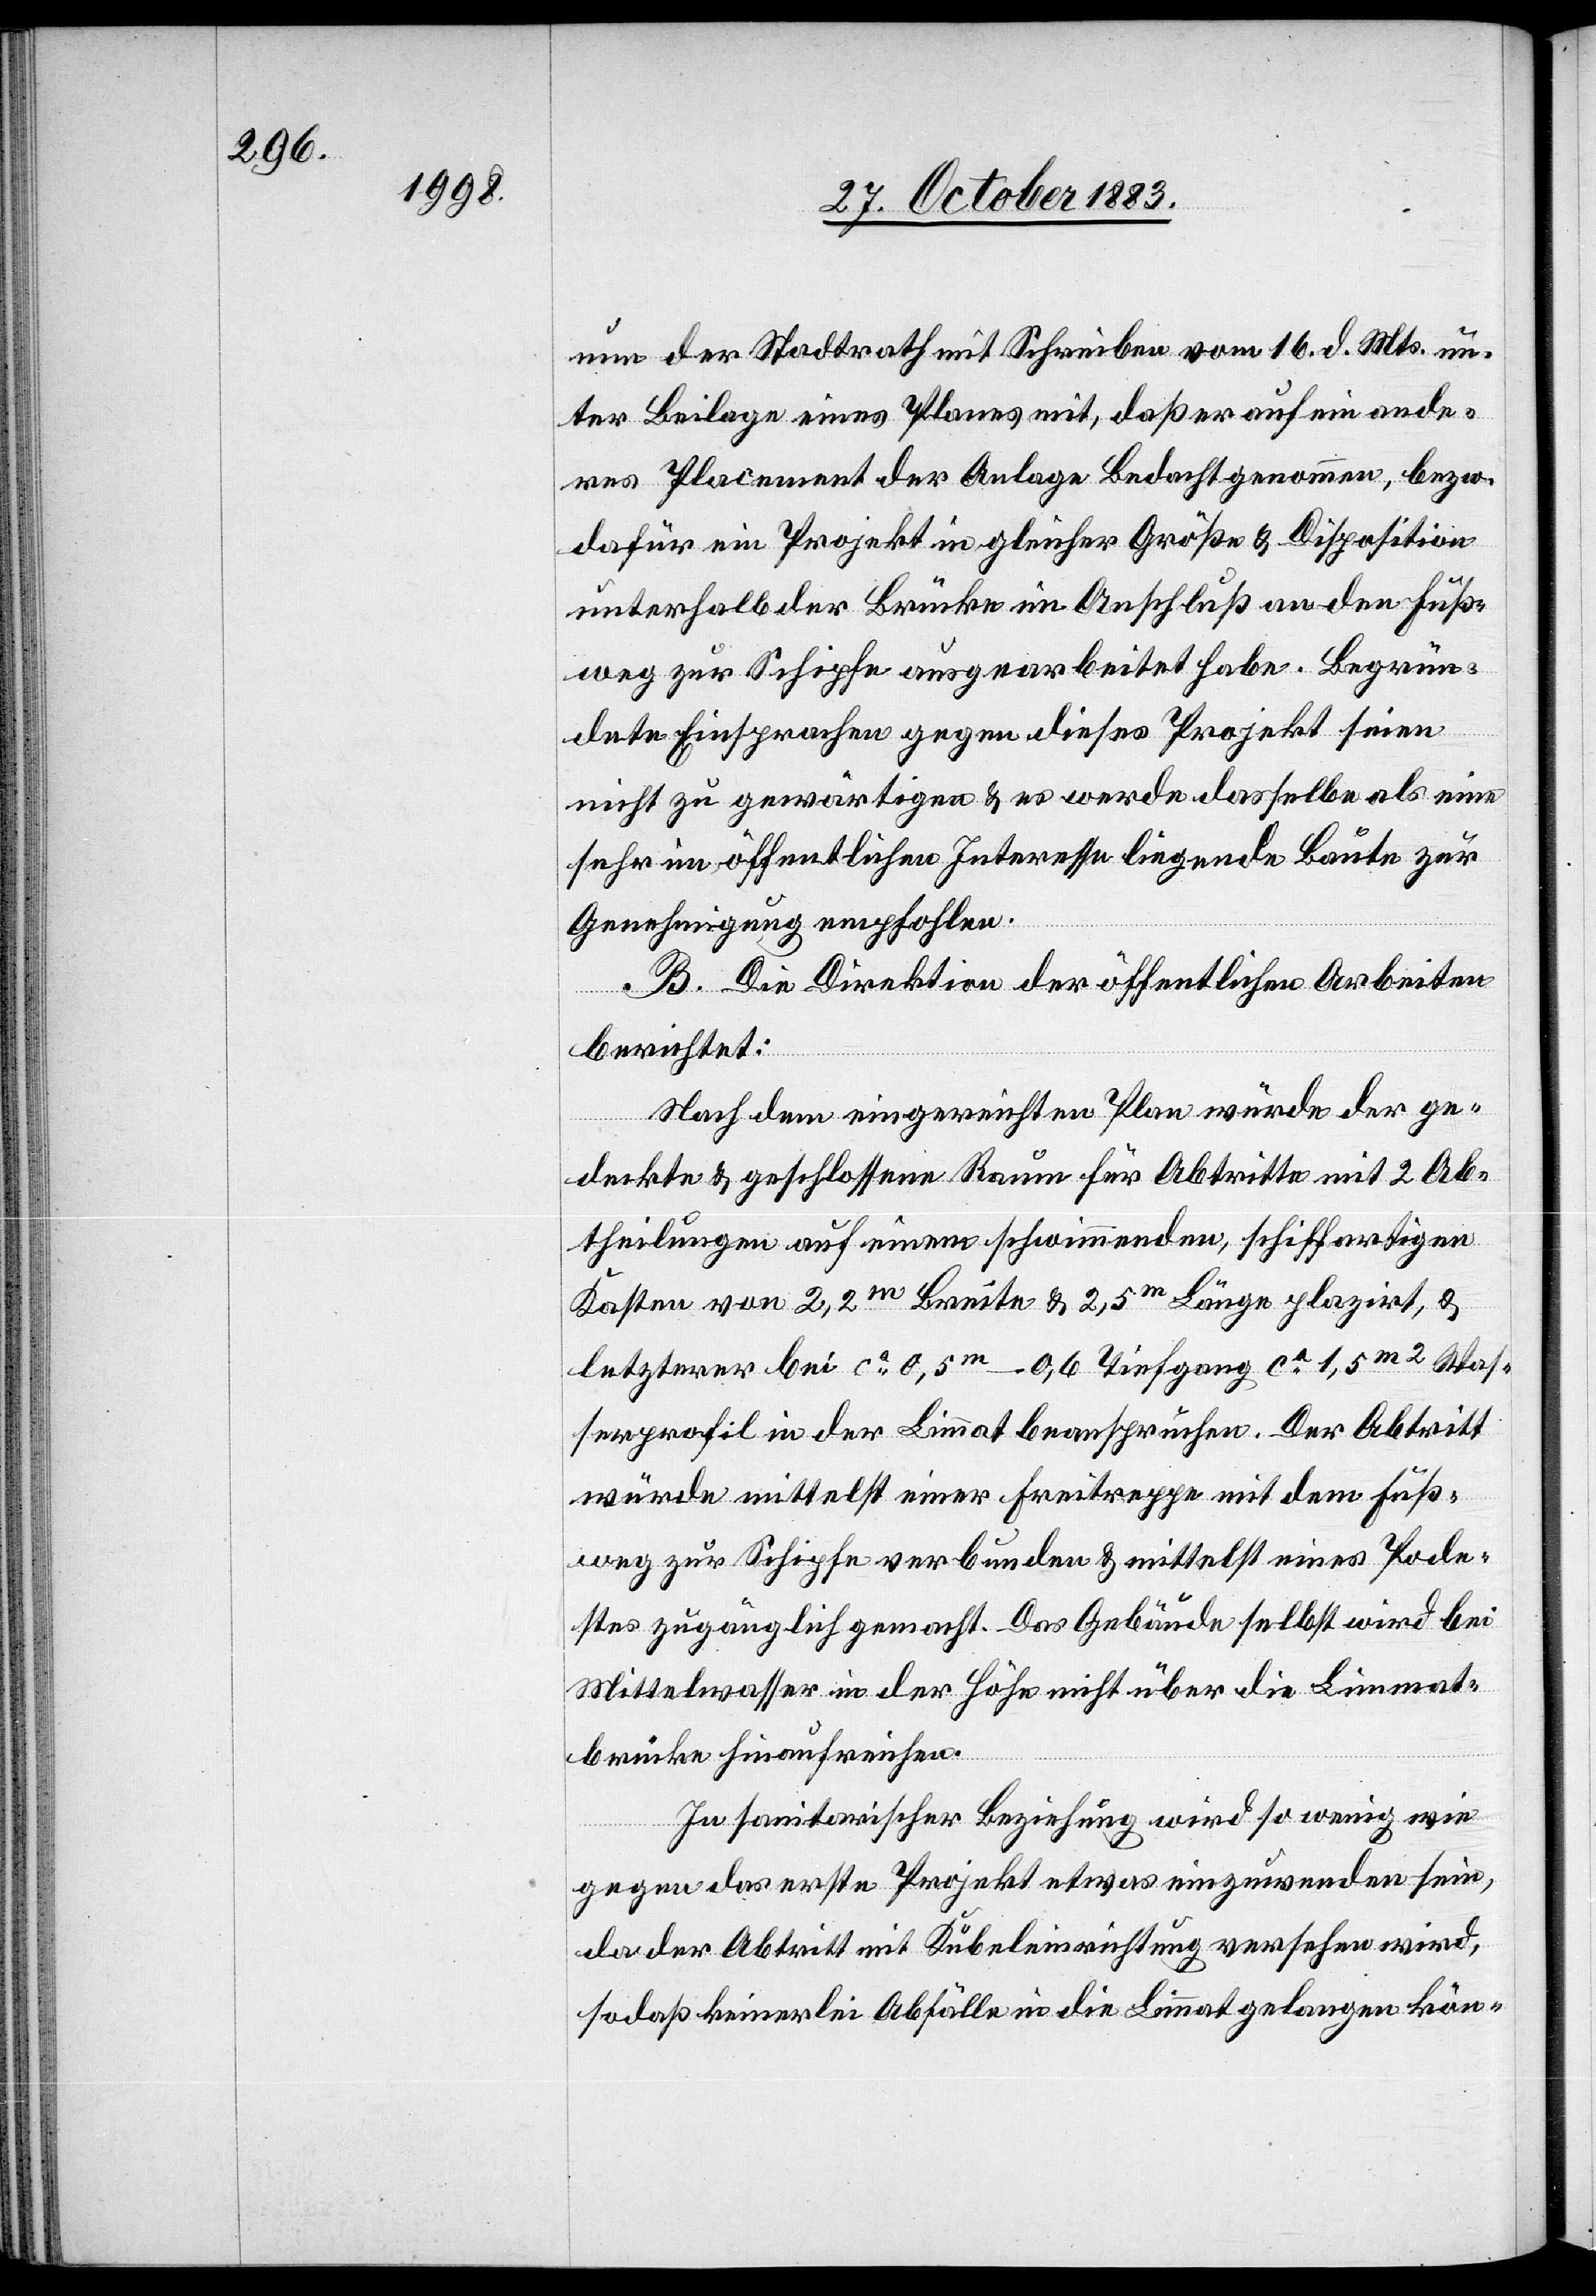
nun der Stadtrath mit Schreiben vom 16. d. Mts. un¬
ter Beilage eines Planes mit, daß er auf ein ande¬
res Placement der Anlage Bedacht genommen, bezw.
dafür ein Projekt in gleicher Größe & Disposition
unterhalb der Brücke im Anschluß an den Fuß¬
weg zur Schipfe ausgearbeitet habe. Begrün¬
dete Einsprachen gegen dieses Projekt seien
nicht zu gewärtigen & es werde dasselbe als eine
sehr im öffentlichen Interesse liegende Baute zur
Genehmigung empfohlen.
B. Die Direktion der öffentlichen Arbeiten
berichtet:
Nach dem eingereichten Plan würde der ge¬
deckte & geschlossene Raum für Abtritte mit 2 Ab¬
theilungen auf einem schwimmenden, schiffartigen
Kasten von 2,2m Breite & 2,5m Länge plazirt, &
letzterer bei ca 0,5m–0,6 Tiefgang ca 1,5m2 Was¬
serprofil in der Limmat beanspruchen. Der Abtritt
würde mittelst einer Freitreppe mit dem Fuß¬
weg zur Schipfe verbunden & mittelst eines Pode¬
stes zugänglich gemacht. Das Gebäude selbst wird bei
Mittelwasser in der Höhe nicht über die Limmat¬
brücke hinaufreichen.
In sanitarischer Beziehung wird so wenig wie
gegen das erste Projekt etwas einzuwenden sein,
da der Abtritt mit Kübeleinrichtung versehen wird,
so daß keinerlei Abfälle in die Limmat gelangen kön-